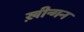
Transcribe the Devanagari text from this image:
ख़ीन्गन